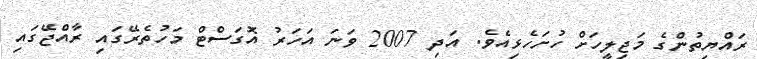
ރައްޔިތުންގެ މަޖިލީހަށް ހުށަހެޅިއެވެ. އަދި 2007 ވަނަ އަހަރު އޮގަސްޓް މަހުތެރޭގައި ރާއްޖޭގައި